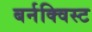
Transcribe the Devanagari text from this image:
बर्नक्विस्ट